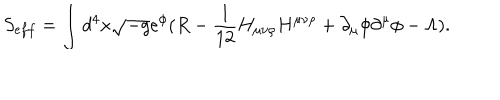
LaTeX: S _ { e f f } = \int d ^ { 4 } x \sqrt { - g } e ^ { \phi } ( R - \frac { 1 } { 1 2 } H _ { \mu \nu \rho } H ^ { \mu \nu \rho } + \partial _ { \mu } \phi \partial ^ { \mu } \phi - \Lambda ) .